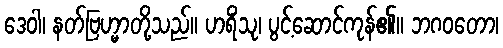
ဒေဝါ၊ နတ်ဗြဟ္မာတို့သည်။ ဟရိံသု၊ ပွင့်ဆောင်ကုန်၏။ ဘဂဝတော၊